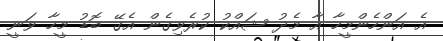
އެ އަންހެންމީހާ އާ މެދު ޝައްކު ކުރެވިގެން އެގޭ ބޮޑު މީހާ ވަނީ